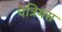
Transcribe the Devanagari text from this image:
पेत्रियस